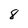
Character: 8